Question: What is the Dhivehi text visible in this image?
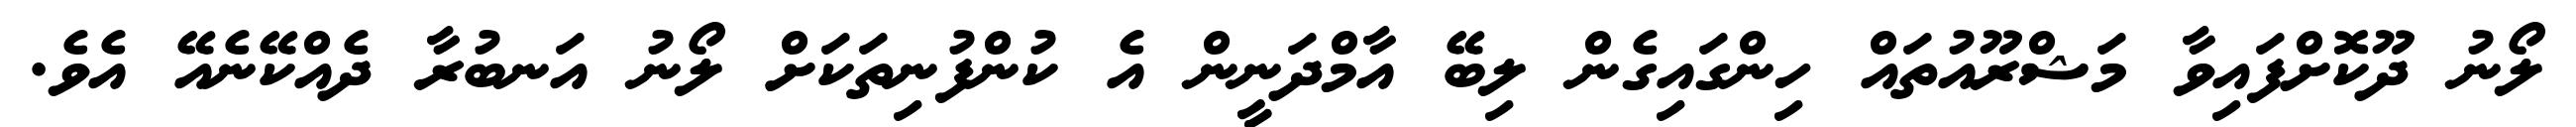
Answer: ލޯނު ދޫކޮށްފައިވާ މަޝްރޫއުތައް ހިންގައިގެން ލިބޭ އާމްދަނީން އެ ކުންފުނިތަކަށް ލޯނު އަނބުރާ ދެއްކޭނެއޭ އެވެ.